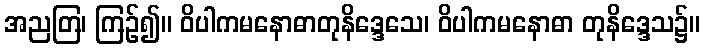
အညတြ၊ ကြဉ်၍။ ဝိပါကမနောဓာတုနိဒ္ဒေသေ၊ ဝိပါကမနောဓာ တုနိဒ္ဒေသ၌။